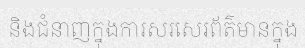
និងជំនាញក្នុងការសរសេរព័ត៌មានក្នុង